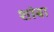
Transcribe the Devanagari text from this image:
शांबा